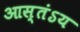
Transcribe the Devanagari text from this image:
आस्तंऽय